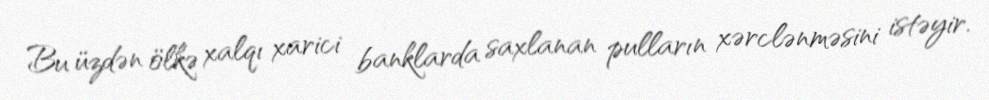
Bu üzdən ölkə xalqı xarici banklarda saxlanan pulların xərclənməsini istəyir.